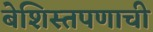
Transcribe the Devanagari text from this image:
बेशिस्तपणाची